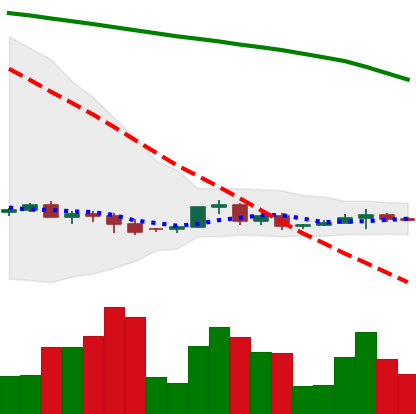
Ticker: XRP-USD
Chart end date: 2022-06-09
Forward return: -19.529%
Label: down_7plus